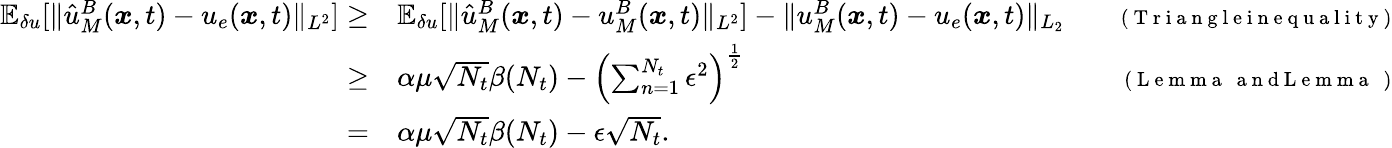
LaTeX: \begin{array}{rlr}{\mathbb{E}_{\delta u}[\| \hat{u}_{M}^{B}(\boldsymbol{x},t)-u_{e}(\boldsymbol{x},t)\| _{L^{2}}]\ge}&{{}\mathbb{E}_{\delta u}[\| \hat{u}_{M}^{B}(\boldsymbol{x},t)-u_{M}^{B}(\boldsymbol{x},t)\| _{L^{2}}]-\| u_{M}^{B}(\boldsymbol{x},t)-u_{e}(\boldsymbol{x},t)\| _{L_{2}}}&{\quad{\scriptstyle(\mathrm{~T~r~i~a~n~g~l~e~i~n~e~q~u~a~l~i~t~y~})}}\\ {\ge}&{{}\alpha\mu\sqrt{N_{t}}\beta(N_{t})-\left(\sum_{n=1}^{N_{t}}\epsilon^{2}\right)^{\frac{1}{2}}}&{\quad{\scriptstyle(\mathrm{~L~e~m~m~a~~~a~n~d~L~e~m~m~a~~~})}}\\ {=}&{{}\alpha\mu\sqrt{N_{t}}\beta(N_{t})-\epsilon\sqrt{N_{t}}.}&{}\end{array}